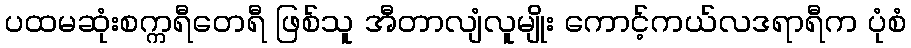
ပထမဆုံးစက္ကရီတေရီ ဖြစ်သူ အီတာလျံလူမျိုး ကောင့်ကယ်လဒရာရီက ပုံစံ